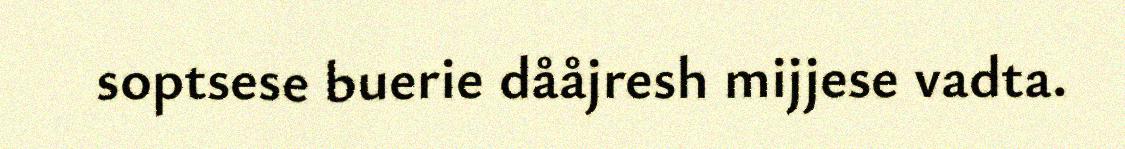
soptsese buerie dååjresh mijjese vadta.